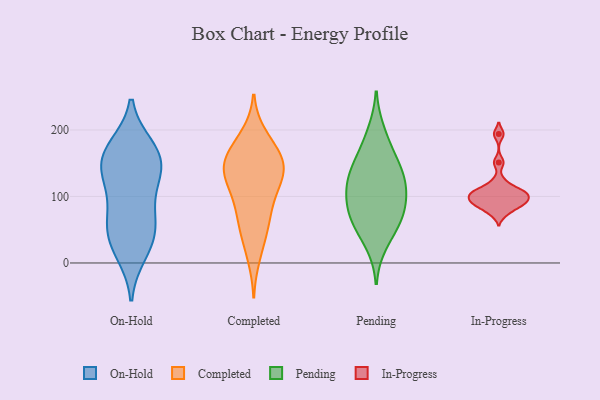
{"axis": {"x": "Temperature (°C)", "y": "Value"}, "legend": ["Completed", "In-Progress", "On-Hold", "Pending"], "data": [{"x": "", "y": 40, "type": "On-Hold"}, {"x": "", "y": 70, "type": "On-Hold"}, {"x": "", "y": 123, "type": "On-Hold"}, {"x": "", "y": 110, "type": "On-Hold"}, {"x": "", "y": 167, "type": "On-Hold"}, {"x": "", "y": 143, "type": "On-Hold"}, {"x": "", "y": 145, "type": "On-Hold"}, {"x": "", "y": 55, "type": "On-Hold"}, {"x": "", "y": 25, "type": "On-Hold"}, {"x": "", "y": 149, "type": "On-Hold"}, {"x": "", "y": 15, "type": "On-Hold"}, {"x": "", "y": 65, "type": "On-Hold"}, {"x": "", "y": 171, "type": "On-Hold"}, {"x": "", "y": 174, "type": "On-Hold"}, {"x": "", "y": 182, "type": "Completed"}, {"x": "", "y": 10, "type": "Completed"}, {"x": "", "y": 191, "type": "Completed"}, {"x": "", "y": 52, "type": "Completed"}, {"x": "", "y": 146, "type": "Completed"}, {"x": "", "y": 156, "type": "Completed"}, {"x": "", "y": 128, "type": "Completed"}, {"x": "", "y": 135, "type": "Completed"}, {"x": "", "y": 107, "type": "Completed"}, {"x": "", "y": 139, "type": "Completed"}, {"x": "", "y": 150, "type": "Completed"}, {"x": "", "y": 103, "type": "Completed"}, {"x": "", "y": 75, "type": "Completed"}, {"x": "", "y": 75, "type": "Completed"}, {"x": "", "y": 42, "type": "Completed"}, {"x": "", "y": 168, "type": "Completed"}, {"x": "", "y": 141, "type": "Completed"}, {"x": "", "y": 95, "type": "Pending"}, {"x": "", "y": 142, "type": "Pending"}, {"x": "", "y": 76, "type": "Pending"}, {"x": "", "y": 74, "type": "Pending"}, {"x": "", "y": 171, "type": "Pending"}, {"x": "", "y": 151, "type": "Pending"}, {"x": "", "y": 55, "type": "Pending"}, {"x": "", "y": 125, "type": "Pending"}, {"x": "", "y": 117, "type": "Pending"}, {"x": "", "y": 98, "type": "Pending"}, {"x": "", "y": 198, "type": "Pending"}, {"x": "", "y": 28, "type": "Pending"}, {"x": "", "y": 60, "type": "Pending"}, {"x": "", "y": 124, "type": "Pending"}, {"x": "", "y": 92, "type": "In-Progress"}, {"x": "", "y": 103, "type": "In-Progress"}, {"x": "", "y": 83, "type": "In-Progress"}, {"x": "", "y": 99, "type": "In-Progress"}, {"x": "", "y": 194, "type": "In-Progress"}, {"x": "", "y": 151, "type": "In-Progress"}, {"x": "", "y": 91, "type": "In-Progress"}, {"x": "", "y": 73, "type": "In-Progress"}, {"x": "", "y": 109, "type": "In-Progress"}, {"x": "", "y": 96, "type": "In-Progress"}, {"x": "", "y": 107, "type": "In-Progress"}, {"x": "", "y": 123, "type": "In-Progress"}, {"x": "", "y": 109, "type": "In-Progress"}, {"x": "", "y": 86, "type": "In-Progress"}]}